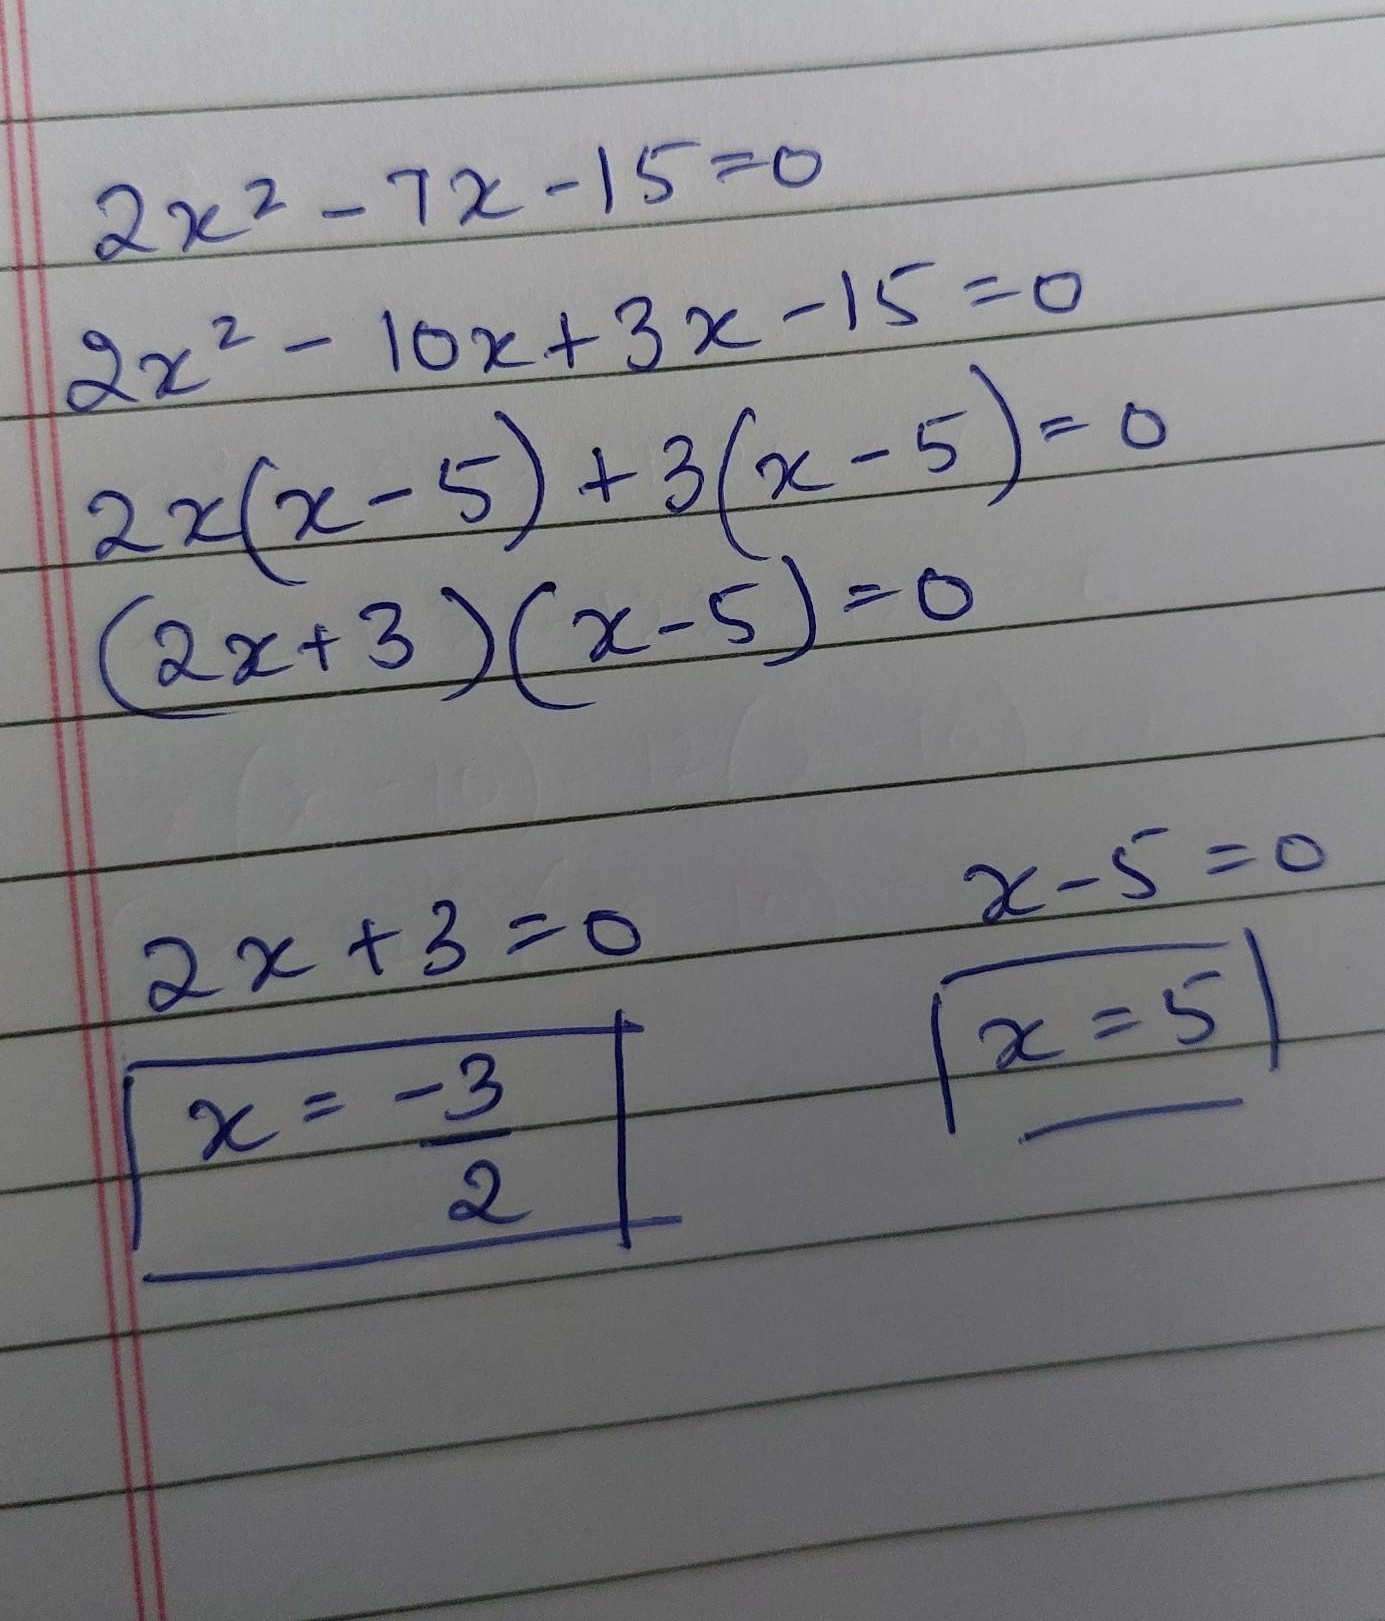
\begin{align*}
2x^{2}-7x - 15&=0\\
2x^{2}-10x + 3x-15&=0\\
2x(x - 5)+3(x - 5)&=0\\
(2x + 3)(x - 5)&=0
\end{align*}
\begin{align*}
2x+3&=0\\
x&=-\frac{3}{2}
\end{align*}
\begin{align*}
x - 5&=0\\
x&=5
\end{align*}